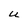
Character: U